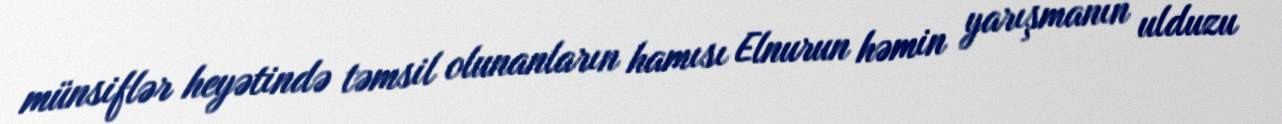
münsiflər heyətində təmsil olunanların hamısı Elnurun həmin yarışmanın ulduzu